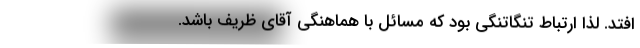
افتد. لذا ارتباط تنگاتنگی بود که مسائل با هماهنگی آقای ظریف باشد.